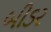
બીડર